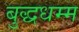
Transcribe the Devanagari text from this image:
बुद्धधम्म